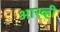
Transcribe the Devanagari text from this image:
आख्ही